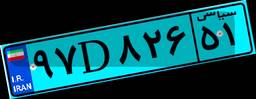
۵۹D۱۳۰۹۴